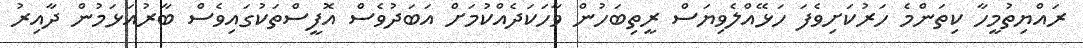
ރައްޔިތުމީހާ ކިތަންމެ ހަރުކަށިވެފަ ހަޅޭއްލެވިޔަސް ރީތިބަހުން ވާހަކަދެއްކުމަށް އަބަދުވެސް އޮފީސްތަކުގައިވެސް ބާރުއަޅަމުން ދާއިރު